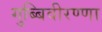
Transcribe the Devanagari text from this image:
गुब्बिवीरण्णा